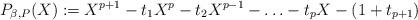
LaTeX: \begin{align*}P_{\beta, P}(X) :=X^{p+1} - t_1 X^{p} - t_2 X^{p-1}- \ldots - t_{p} X - (1 + t_{p+1})\end{align*}